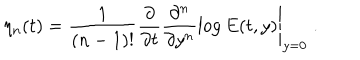
LaTeX: \eta _ { n } ( t ) = \frac { 1 } { ( n - 1 ) ! } \left. \frac { \partial } { \partial t } \frac { \partial ^ { n } } { \partial y ^ { n } } \log { E ( t , y ) } \right| _ { y = 0 } \; .